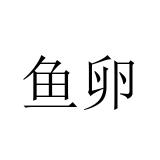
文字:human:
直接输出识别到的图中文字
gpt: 鱼卵